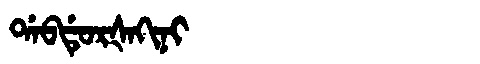
Manchu: ᡩᠠᠪᡩᡠᡵᡧᠠᡴᡳᠨᡳ
Romanization: DABDURŠAKINI